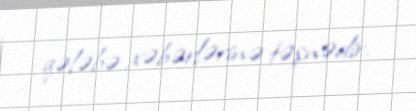
qələbə xəbərlərinə təşnədir.